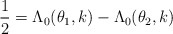
\begin{align*}\frac{1}{2}= \Lambda_0 (\theta_1, k) -\Lambda_0 (\theta_2, k)\end{align*}